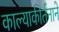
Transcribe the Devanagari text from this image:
काल्याकीर्तनाने